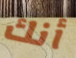
أنك